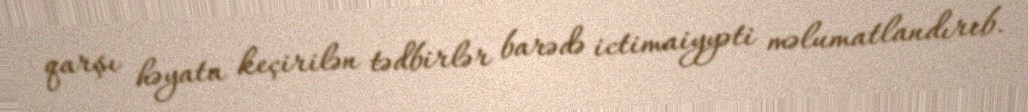
qarşı həyata keçirilən tədbirlər barədə ictimaiyyəti məlumatlandırıb.